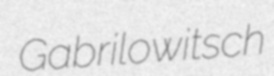
Gabrilowitsch